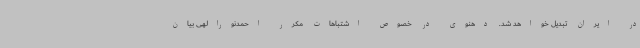
در ایران تبدیل خواهد شد. دهنوی در خصوص اشتباهات مکرر احمدنورالهی بیان